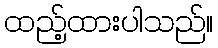
ထည့်ထားပါသည်။